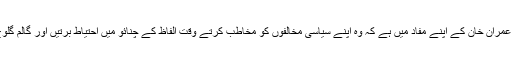
وزیراعظم عمران خان کے اپنے مفاد میں ہے کہ وہ اپنے سیاسی مخالفوں کو مخاطب کرتے وقت الفاظ کے چنائو میں احتیاط برتیں اور گالم گلوچ بند کریں۔